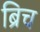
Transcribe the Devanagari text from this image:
ब्रिच